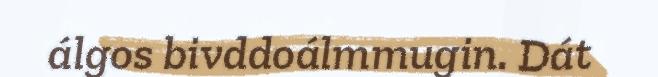
álgos bivddoálmmugin. Dát